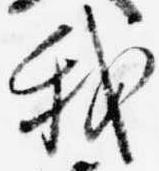
我